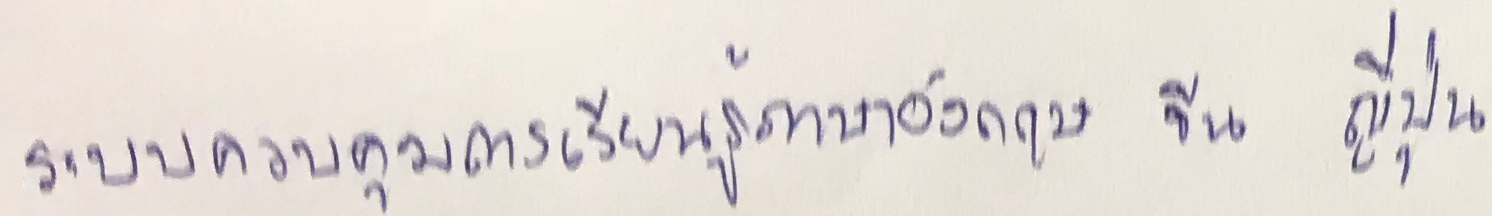
ระบบควมคุมการเรียนรู้ภาษาอังกฤษ จีน ญี่ปุ่น